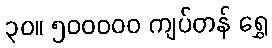
၃၀။ ၅၀၀၀၀၀ ကျပ်တန် ရွှေ